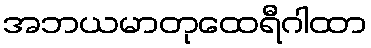
အဘယမာတုထေရီဂါထာ